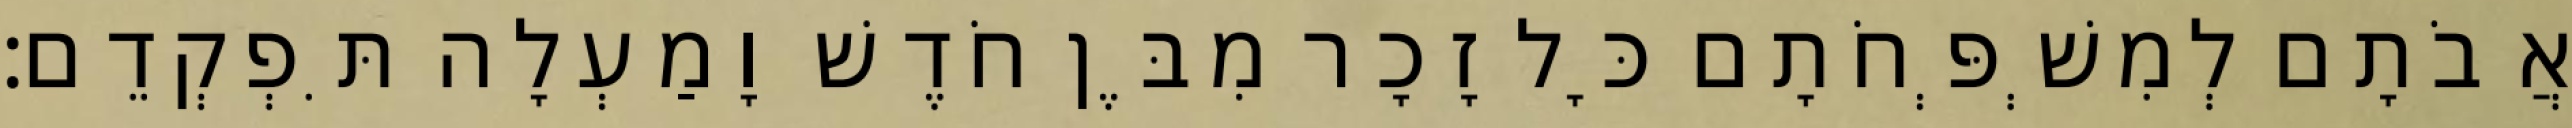
אֲבֹתָם לְמִשְׁפְּחֹתָם כָּל זָכָר מִבֶּן חֹדֶשׁ וָמַעְלָה תִּפְקְדֵם׃